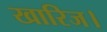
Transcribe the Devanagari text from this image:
खारिज।